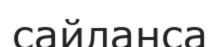
сайланса